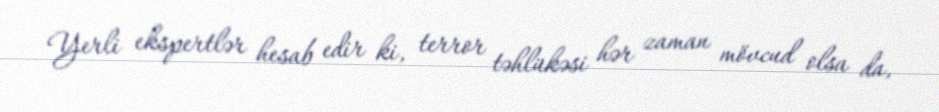
Yerli ekspertlər hesab edir ki, terror təhlükəsi hər zaman mövcud olsa da,